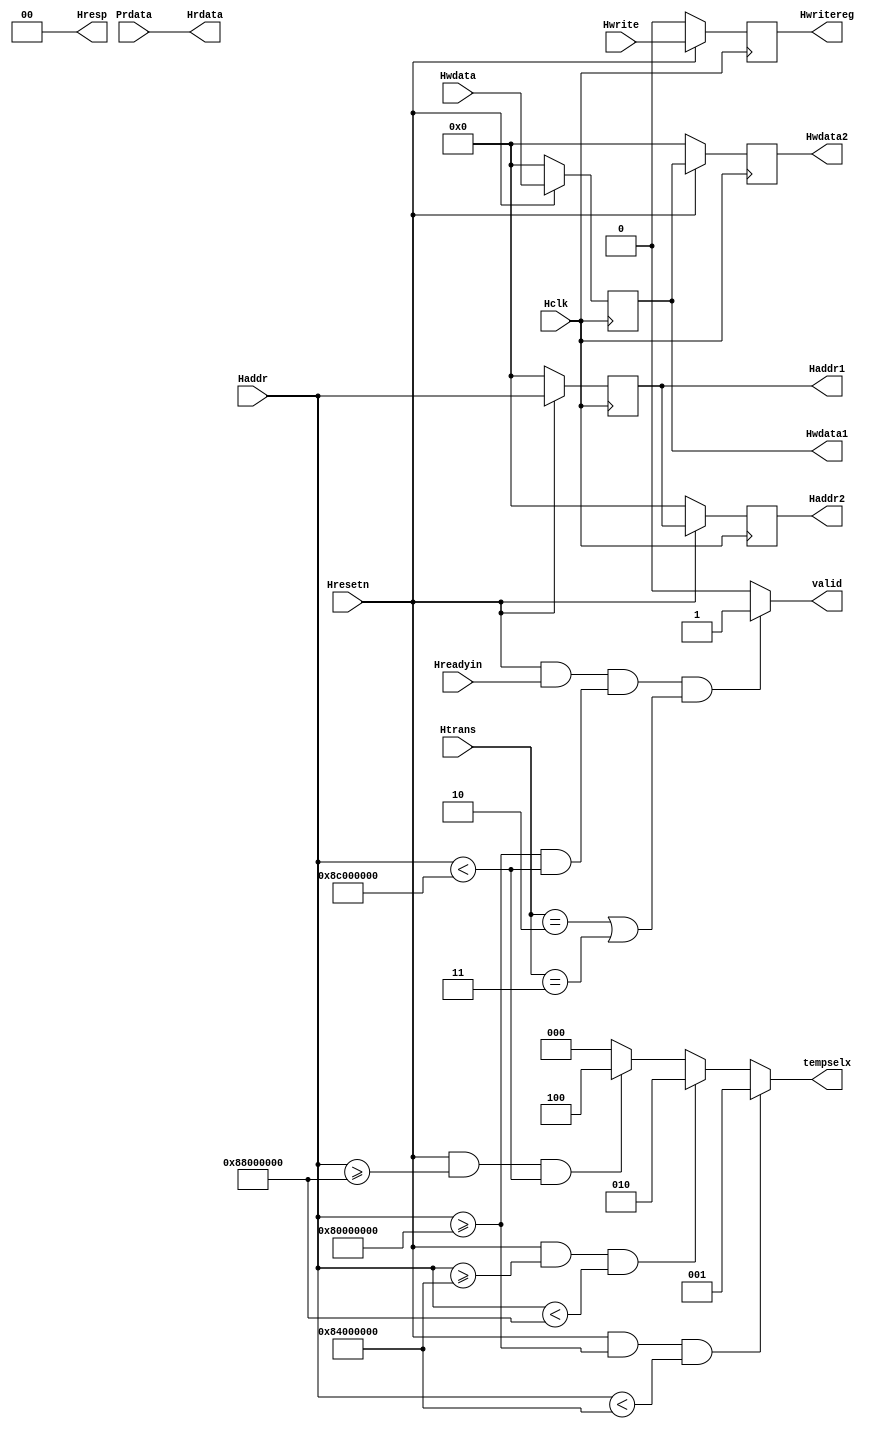
module AHB_slave_interface(Hclk,Hresetn,Hwrite,Hreadyin,Htrans,Haddr,Hwdata,
			   Prdata,valid,Haddr1,Haddr2,Hwdata1,Hwdata2,Hrdata,Hwritereg,tempselx,Hresp);
input Hclk,Hresetn;
input Hwrite,Hreadyin;
input [1:0] Htrans;
input [31:0] Haddr,Hwdata,Prdata;
output reg valid;
output reg [31:0] Haddr1,Haddr2,Hwdata1,Hwdata2;
output [31:0] Hrdata; 
output reg Hwritereg;
output reg [2:0] tempselx;
output  [1:0] Hresp;



/// Implementing Pipeline Logic for Address,Data and Control Signal


always @(posedge Hclk)
begin
if (~Hresetn)
	begin
	Haddr1<=0;
	Haddr2<=0;
	end
else
	begin
	Haddr1<=Haddr;
	Haddr2<=Haddr1;
	end
		
end

always @(posedge Hclk)
begin
if (~Hresetn)
	begin
	Hwdata1<=0;
	Hwdata2<=0;
	end
else
	begin
	Hwdata1<=Hwdata;
	Hwdata2<=Hwdata1;
	end
		
end
		
always @(posedge Hclk)
begin	
if (~Hresetn)
	Hwritereg<=0;
else
	Hwritereg<=Hwrite;
end
		
		
/// Implementing Valid Logic Generation

always @(Hreadyin,Haddr,Htrans,Hresetn)
begin
valid=0;
if (Hresetn && Hreadyin && (Haddr>=32'h8000_0000 && Haddr<32'h8C00_0000) && (Htrans==2'b10 || Htrans==2'b11) )
	valid=1;

end
		
/// Implementing Tempselx Logic

always @(Haddr,Hresetn)
begin
tempselx=3'b000;
if (Hresetn && Haddr>=32'h8000_0000 && Haddr<32'h8400_0000)
	tempselx=3'b001;
else if (Hresetn && Haddr>=32'h8400_0000 && Haddr<32'h8800_0000)
	tempselx=3'b010;
else if (Hresetn && Haddr>=32'h8800_0000 && Haddr<32'h8C00_0000)
	tempselx=3'b100;

end
	
assign Hrdata = Prdata;
assign Hresp=0;


endmodule